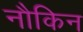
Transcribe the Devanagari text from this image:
नौकिन